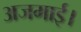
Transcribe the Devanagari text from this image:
अजमाई।